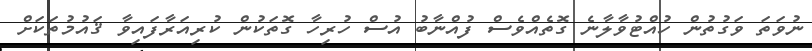
ނުވަތަ ވަގުތުން ހުއްޓުވާލާނެ ގޮތެއްވެސް ފުއްނާބު އުސް ހުރިހާ ގޮތަކުން ކުރިއަރާފައިވާ ޤައުމުތަކަށް